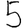
Digit: 5